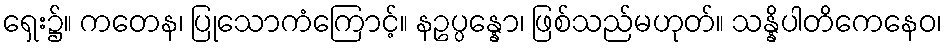
ရှေး၌။ ကတေန၊ ပြုသောကံကြောင့်။ နဥပ္ပန္နော၊ ဖြစ်သည်မဟုတ်။ သန္နိပါတိကေနေဝ၊